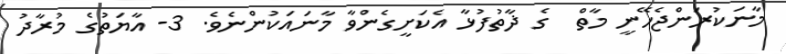
މާނަކުރަންޖެހޭނީ މާތް  ގެ ޛާތުފުޅާ އެކަށީގެންވާ މާނައަކުންނެވެ. 3- އާޔަތުގެ މުރާދު